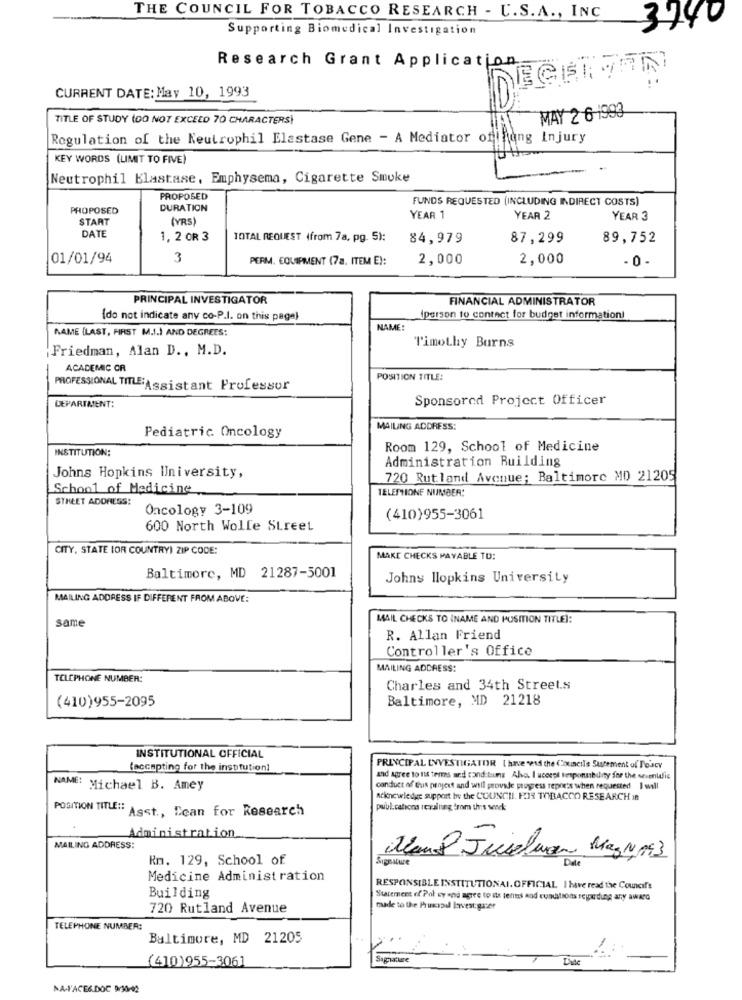
THE COUNCIL FOR TOBACCO RESEARCH - U.S.A ., INC
3740
Supporting Biomedical Investigation
Research Grant Application
CURRENT DATE: May 10, 1993
TITLE OF STUDY (DO NOT EXCEED 70 CHARACTERS!
MAY 2 6-1993
Regulation of the Neutrophil Elastase Gene - A Mediator off nung Injury
KEY WORDS (LIMIT TO FIVE)
Neutrophil Elastase, Emphysema, Cigarette Smoke
PROPOSED
FUNDS REQUESTED (INCLUDING INDIRECT COSTS)
PROPOSED
DURATION
START
(YRS)
YEAR 1
YEAR 2
YEAR 3
DATE
1, 2 OR 3
TOTAL REQUEST (from 7a, pg. 5):
84,979
87,299
89,752
01/01/94
3
PERM. EQUIPMENT (7a. ITEM E):
2,000
2,000
- 0-
PRINCIPAL INVESTIGATOR
FINANCIAL ADMINISTRATOR
(do not indicate any co-P.I. on this page)
(person to contact for budget information!
NAME (LAST, FIRST M.I.) AND DEGREES:
NAME
Timothy Burns
Friedman, Alan D ., M.D.
ACADEMIC CR
POSITION TITLE:
PROFESSIONAL TITLE:Assistant Professor
DEPARTMENT:
Sponsored Project Officer
Pediatric Oncology
MAILING ADDRESS:
INSTITUTION:
Room 129, School of Medicine
Administration Building
Johns Hopkins University,
720 Rutland Avenue; Baltimore MD 21205
School of Medicine
TELEPHONE NUMBER:
STREET ADDRESS:
Oncology 3-109
(410)955-3061
600 North Wolle Street
CITY, STATE (OR COUNTRY) ZIP CODE:
MAKE CHECKS PAYABLE TO:
Baltimore, MD 21287-5001
Johns Hopkins University
MAILING ADDRESS IF DIFFERENT FROM ABOVE:
same
MAIL CHECKS TO (NAME AND POSITION TITLE]:
R. Allan Friend
Controller's Office
MAILING ADDRESS:
TELEPHONE NUMBER:
Charles and 34th Street.s
(410)955-2095
Baltimore, MD 21218
INSTITUTIONAL OFFICIAL
(accepting for the institution]
PRINCIPAL LYVESTIGATOR ( have send the Council's Surement of Doscv
and agree to tit terms and cond:tus Ala. I uceest Iesponsibility for the sevenific
NAME: Michael B. Amey
conduct of thuis project and will provade progress repre's when requested I will
Acknowledge support by the COUNCIL. POR TOBACCO RESEARCH in
publications resullung from this work
POSITION TITLE": ASst ., Dean for Research
Administration
MAILING ADDRESS:
Rm. 129, School of
Jan Julewar MagN 143
Dale
Medicine Administration
RESPONSIBLE INSTITUTIONAL. OFFICIAL I have read the Councift
Building
Statement of Pol cy and agree to its lents and conditions regarding any award
720 Rutland Avenue
madde to the Principal lavest guer
TELEPHONE NUMBER:
Baltimore, MD 21205
(410)955-3061
Saguature
NA-FACE6.DOC 9/30-42